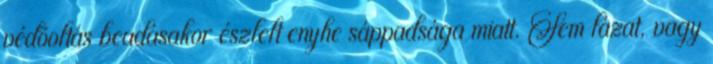
védõoltás beadásakor észlelt enyhe sáppadsága miatt. Sem lázat, vagy